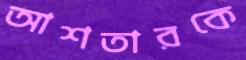
আশতারকে